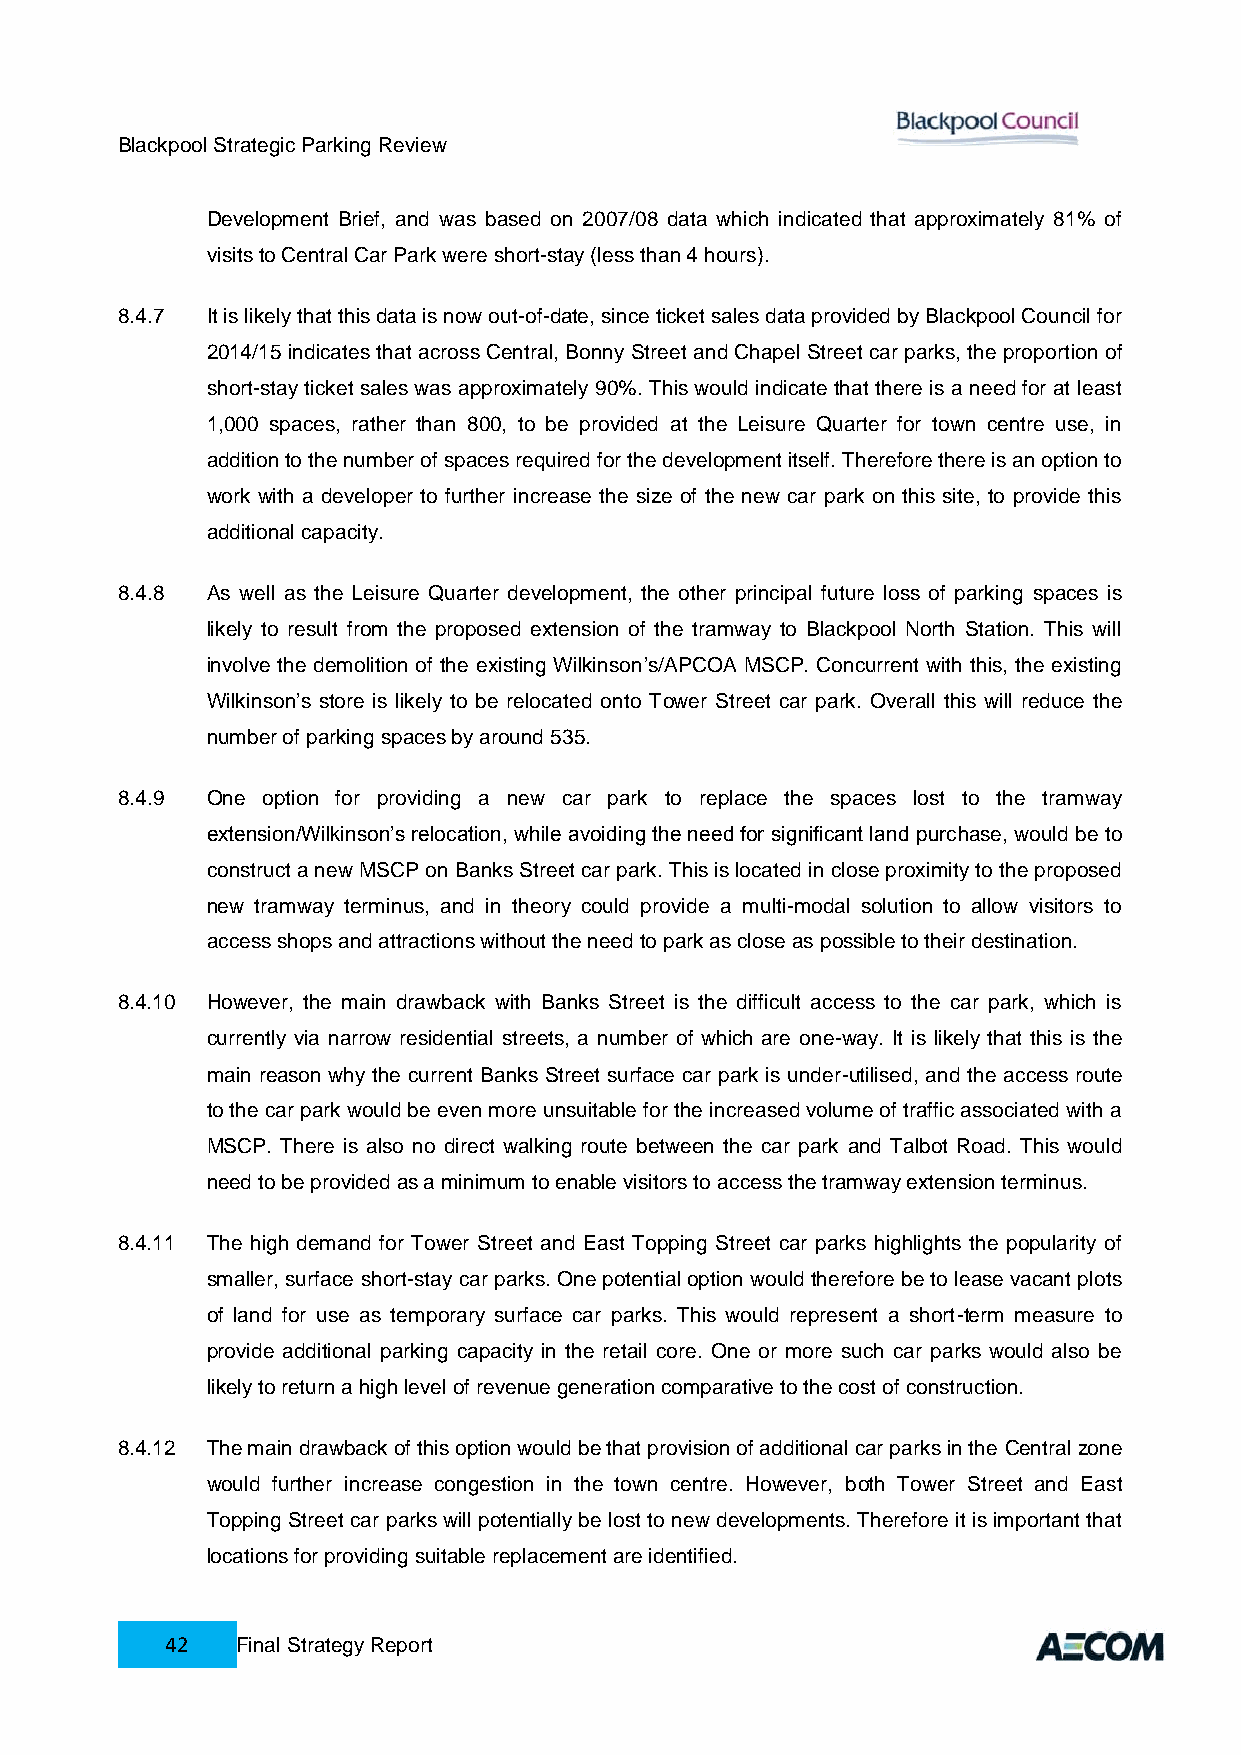
Blackpool Strategic Parking Review
 Development Brief, and was based on 2007/08 data which indicated that approximately 81% of
 visits to Central Car Park were short-stay (less than 4 hours).
 8.4.7 It is likely that this data is now out-of-date, since ticket sales data provided by Blackpool Council for
 2014/15 indicates that across Central, Bonny Street and Chapel Street car parks, the proportion of
 short-stay ticket sales was approximately 90%. This would indicate that there is a need for at least
 1,000 spaces, rather than 800, to be provided at the Leisure Quarter for town centre use, in
 addition to the number of spaces required for the development itself. Therefore there is an option to
 work with a developer to further increase the size of the new car park on this site, to provide this
 additional capacity.
 8.4.8 As well as the Leisure Quarter development, the other principal future loss of parking spaces is
 likely to result from the proposed extension of the tramway to Blackpool North Station. This will
 involve the demolition of the existing Wilkinson’s/APCOA MSCP. Concurrent with this, the existing
 Wilkinson’s store is likely to be relocated onto Tower Street car park. Overall this will reduce the
 number of parking spaces by around 535.
 8.4.9 One option for providing a new car park to replace the spaces lost to the tramway
 extension/Wilkinson’s relocation, while avoiding the need for significant land purchase, would be to
 construct a new MSCP on Banks Street car park. This is located in close proximity to the proposed
 new tramway terminus, and in theory could provide a multi-modal solution to allow visitors to
 access shops and attractions without the need to park as close as possible to their destination.
 8.4.10 However, the main drawback with Banks Street is the difficult access to the car park, which is
 currently via narrow residential streets, a number of which are one-way. It is likely that this is the
 main reason why the current Banks Street surface car park is under-utilised, and the access route
 to the car park would be even more unsuitable for the increased volume of traffic associated with a
 MSCP. There is also no direct walking route between the car park and Talbot Road. This would
 need to be provided as a minimum to enable visitors to access the tramway extension terminus.
 8.4.11 The high demand for Tower Street and East Topping Street car parks highlights the popularity of
 smaller, surface short-stay car parks. One potential option would therefore be to lease vacant plots
 of land for use as temporary surface car parks. This would represent a short-term measure to
 provide additional parking capacity in the retail core. One or more such car parks would also be
 likely to return a high level of revenue generation comparative to the cost of construction.
 8.4.12 The main drawback of this option would be that provision of additional car parks in the Central zone
 would further increase congestion in the town centre. However, both Tower Street and East
 Topping Street car parks will potentially be lost to new developments. Therefore it is important that
 locations for providing suitable replacement are identified.
 42   Final Strategy Report